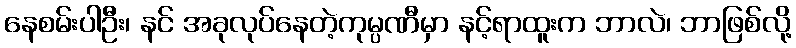
နေစမ်းပါဦး၊ နင် အခုလုပ်နေတဲ့ကုမ္ပဏီမှာ နင့်ရာထူးက ဘာလဲ၊ ဘာဖြစ်လို့